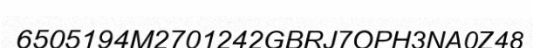
6505194M2701242GBRJ7OPH3NA0Z48